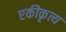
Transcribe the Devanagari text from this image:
एकीकृत्य